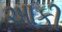
આકી